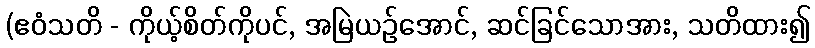
(ဧဝံသတိ - ကိုယ့်စိတ်ကိုပင်, အမြဲယဉ်အောင်, ဆင်ခြင်သောအား, သတိထား၍